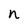
Character: n